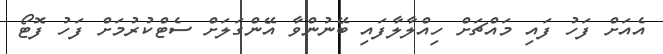
އެއަށް ފަހު ފައި މައްޗަށް ހިއްލާލާފައި ބޭނުންވާ އޭންގަލަށް ސެޓްކުުރުމަށް ފަހު ފޮޓޯ